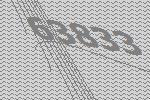
63833